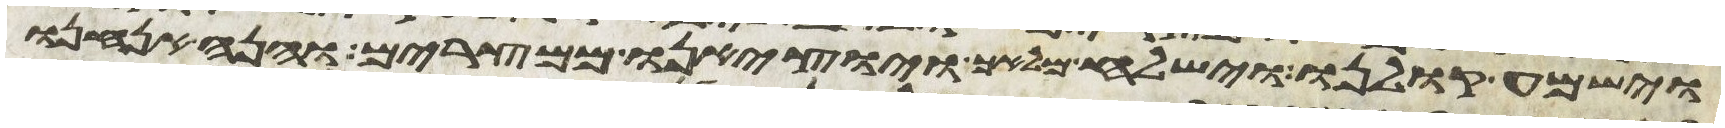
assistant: וישמע קולנו וישלח מלאך ויוציאנו ממצרים והנה אנחנו